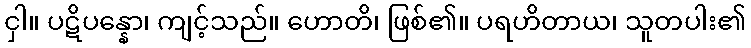
ငှါ။ ပဋိပန္နော၊ ကျင့်သည်။ ဟောတိ၊ ဖြစ်၏။ ပရဟိတာယ၊ သူတပါး၏